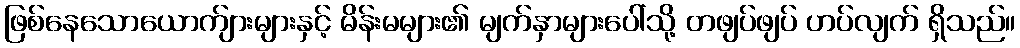
ဖြစ်နေသောယောက်ျားများနှင့် မိန်းမများ၏ မျက်နှာများပေါ်သို့ တဖျပ်ဖျပ် ဟပ်လျက် ရှိသည်။